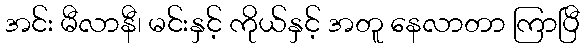
အင်း မီလာနီ၊ မင်းနှင့် ကိုယ်နှင့် အတူ နေလာတာ ကြာပြီ